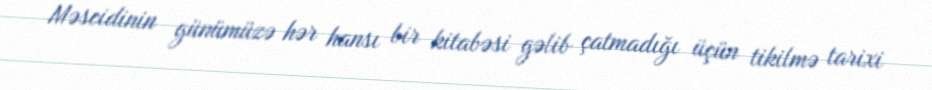
Məscidinin günümüzə hər hansı bir kitabəsi gəlib çatmadığı üçün tikilmə tarixi